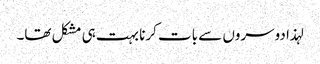
لہذا دوسروں سے بات کرنا بہت ہی مشکل تھا۔